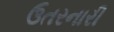
ઉતરનારી